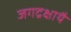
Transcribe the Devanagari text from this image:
जगद्रक्षायै